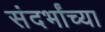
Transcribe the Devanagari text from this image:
संदर्भांच्या